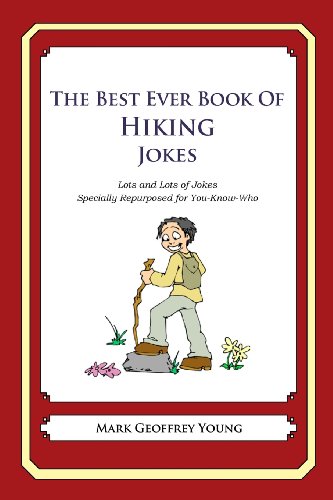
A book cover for The Best Ever Book of Hiking Jokes: Lots and Lots of Jokes Specially Repurposed for You-Know-Who; Mark Geoffrey Young; Humor & Entertainment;